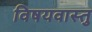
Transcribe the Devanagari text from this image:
विषयवास्तु